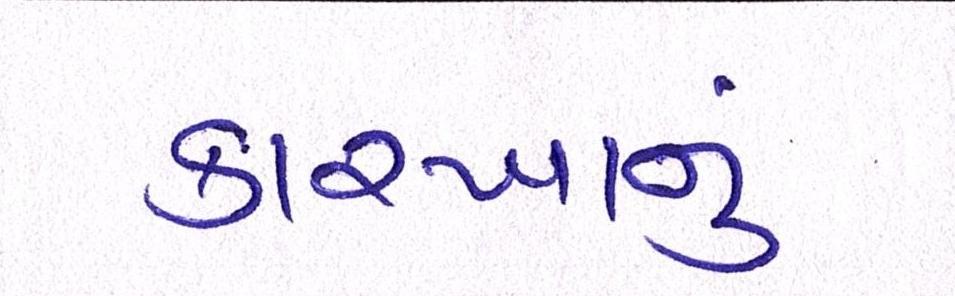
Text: કારખાનું